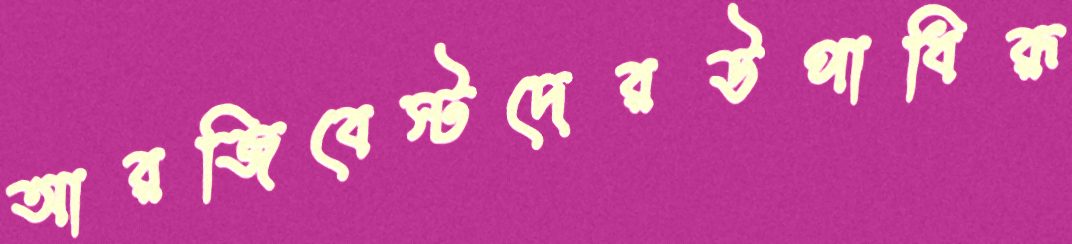
আরজিবেস্টদেরউপাধিরূ